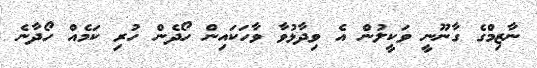
ނާޒިމްގެ ގާނޫނީ ވަކީލުން އެ ވިދާޅުވާ ވާހަކައިން ހޯދެން ހުރި ކަމެއް ހޯދާނެ